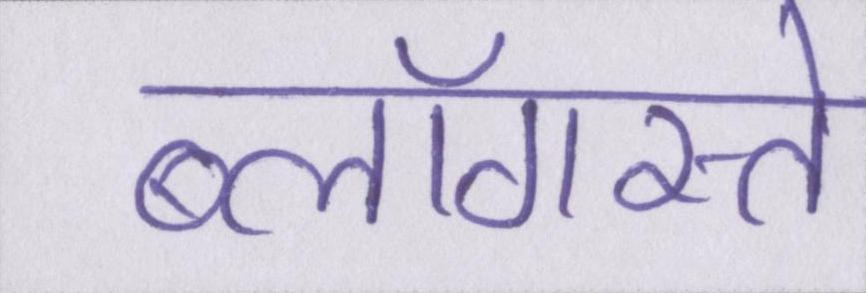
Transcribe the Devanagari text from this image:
ब्लॉगस्ते